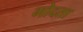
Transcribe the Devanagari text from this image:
गोदता